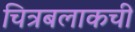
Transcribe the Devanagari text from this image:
चित्रबलाकची